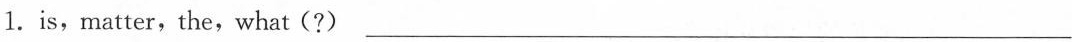
1.is,matter,the,what(?)___